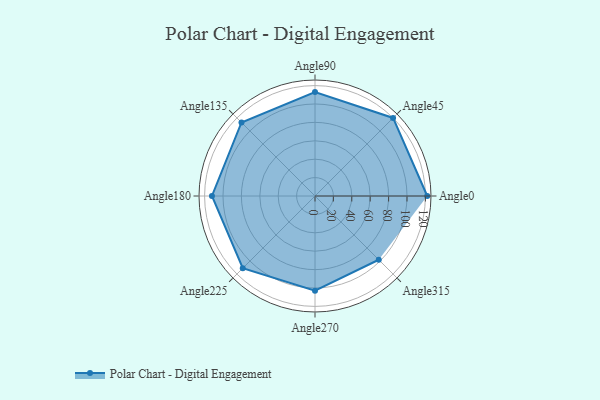
{"axis": {"x": "Angle", "y": "Radius"}, "legend": [""], "data": [{"x": "Angle0", "y": 122.0, "type": ""}, {"x": "Angle45", "y": 120.0, "type": ""}, {"x": "Angle90", "y": 113.0, "type": ""}, {"x": "Angle135", "y": 113.0, "type": ""}, {"x": "Angle180", "y": 112.0, "type": ""}, {"x": "Angle225", "y": 111.0, "type": ""}, {"x": "Angle270", "y": 103.0, "type": ""}, {"x": "Angle315", "y": 98.0, "type": ""}]}